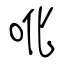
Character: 吪